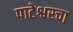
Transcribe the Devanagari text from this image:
पाटेश्वरचा